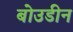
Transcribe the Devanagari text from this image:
बोउडीन